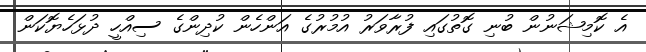
އެ ކޮމިޝަނުން ބުނި ގޮތުގައި ފުރާވަރު އުމުރުގެ އަންހެން ކުދިންގެ ސިއްހީ ދުޅަހެޔޮކަން